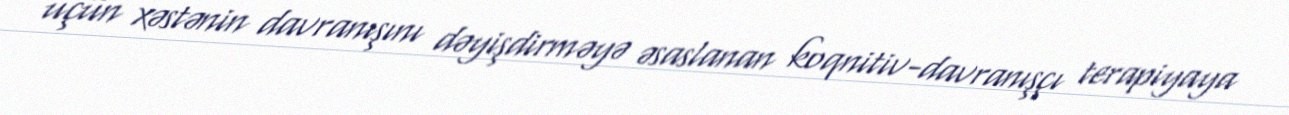
üçün xəstənin davranışını dəyişdirməyə əsaslanan koqnitiv-davranışçı terapiyaya